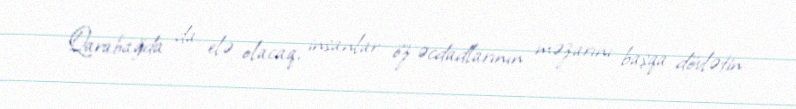
Qarabağda da elə olacaq, insanlar öz əcdadlarının məzarını başqa dövlətin